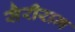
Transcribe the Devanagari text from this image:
सैरीराम